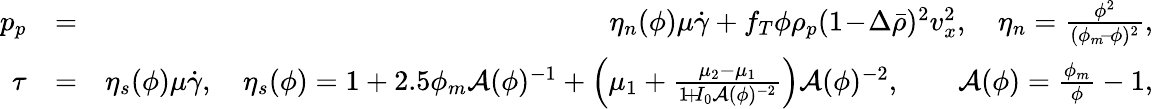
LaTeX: \begin{array}{rlr}{p_{p}}&{=}&{\eta_{n}(\phi)\mu\dot{\gamma}+f_{T}\phi\rho_{p}(1\! -\! \Delta\bar{\rho})^{2}v_{x}^{2},\quad\eta_{n}=\frac{\phi^{2}}{(\phi_{m}\! -\! \phi)^{2}},}\\ {\tau}&{=}&{\eta_{s}(\phi)\mu\dot{\gamma},\quad\eta_{s}(\phi)=1+2.5\phi_{m}{\cal A}(\phi)^{-1}+\Bigl(\mu_{1}+\frac{\mu_{2}-\mu_{1}}{1\! +\! I_{0}{\cal A}(\phi)^{-2}}\Bigr){\cal A}(\phi)^{-2},\qquad{\cal A}(\phi)=\frac{\phi_{m}}{\phi}-1,}\end{array}